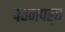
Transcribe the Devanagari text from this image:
पवनपर्व